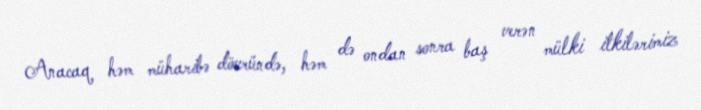
Anacaq həm müharibə dövründə, həm də ondan sonra baş verən mülki itkilərimiz